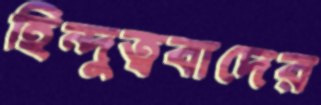
হিন্দুত্ববাদের